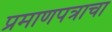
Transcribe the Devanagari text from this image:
प्रमाणपत्राचा